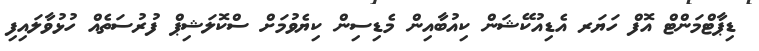
ޑިޕާޓްމަންޓް އޮފް ހަޔަރ އެޑިއުކޭޝަން ކިއުބާއިން މެޑިސިން ކިޔެވުމަށް ސްކޮލަޝިޕް ފުރުސަތެއް ހުޅުވާލައިފި